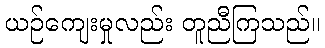
ယဉ်ကျေးမှုလည်း တူညီကြသည်။